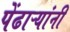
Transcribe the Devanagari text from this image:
पेंढाऱ्यांनी